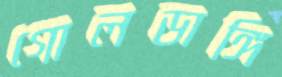
গোলডাঙ্গি